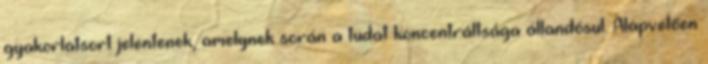
gyakorlatsort jelentenek, amelynek során a tudat koncentráltsága állandósul. Alapvetően